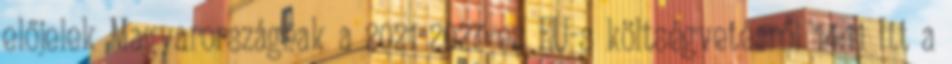
előjelek Magyarországnak a 2021-2027-es EU-s költségvetésről 14:11 Itt a